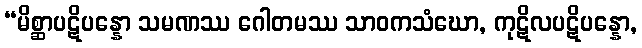
“မိစ္ဆာပဋိပန္နော သမဏဿ ဂေါတမဿ သာဝကသံဃော, ကုဋိလပဋိပန္နော,